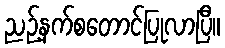
ညဉ့်နက်စတောင်ပြုလာပြီ။